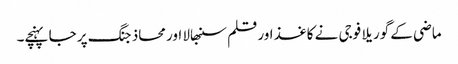
ماضی کے گوریلا فوجی نے کاغذ اور قلم سنبھالا اور محاذ جنگ پر جا پہنچے۔